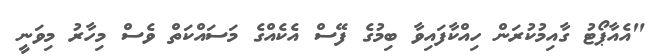
"އެއާޕޯޓު ގާއިމުކުރަން ހިއްކާފައިވާ ބިމުގެ ފޭސް އެކެއްގެ މަސައްކަތް ވެސް މިހާރު މިވަނީ